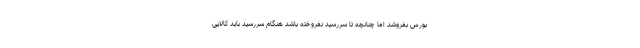
بورس بفروشد اما چنانچه تا سررسید نفروخته باشد هنگام سررسید باید کالایی